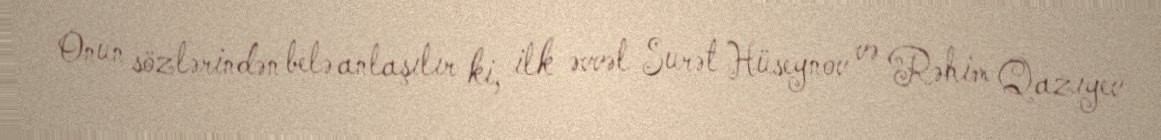
Onun sözlərindən belə anlaşılır ki, ilk əvvəl Surət Hüseynov və Rəhim Qazıyev